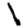
Digit: 1